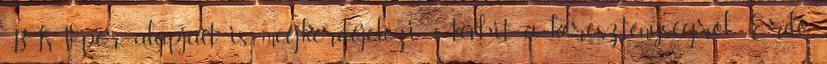
BKV-per alapjait is megkérdőjelezi 3 tévhit a kereszténységről Erdő